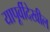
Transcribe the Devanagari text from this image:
यापूर्वीदेखील